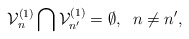
\begin{align*}{\cal V}^{(1)}_{n}\bigcap{\cal V}^{(1)}_{n'}=\emptyset,\;\;n\neq n',\end{align*}